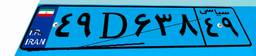
۴۹D۶۳۸۴۹